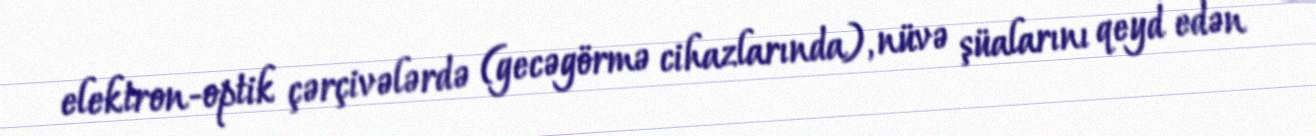
elektron-optik çərçivələrdə (gecəgörmə cihazlarında), nüvə şüalarını qeyd edən